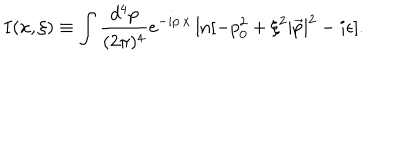
I ( x , \xi ) \equiv \int \frac { d ^ { 4 } p } { ( 2 \pi ) ^ { 4 } } e ^ { - i p \cdot x } \ln [ - p _ { 0 } ^ { 2 } + \xi ^ { 2 } | \vec { p } | ^ { 2 } - i \epsilon ] .